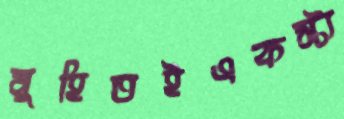
মুহিতইএকস্ট্য